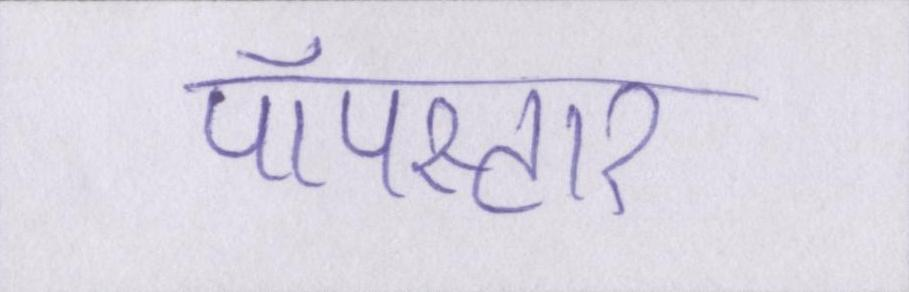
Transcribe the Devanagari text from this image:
पॉपस्टार